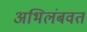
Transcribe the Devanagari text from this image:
अभिलंबवत